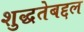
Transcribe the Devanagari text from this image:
शुद्धतेबद्दल